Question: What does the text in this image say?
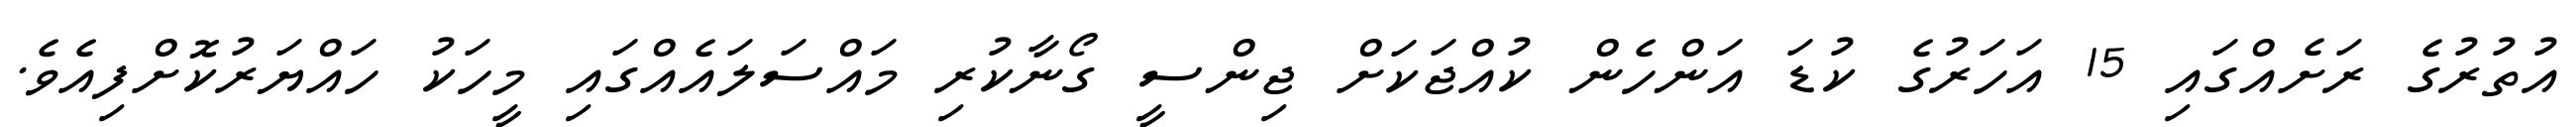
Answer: އުތުރުގެ ރަށެއްގައި 15 އަހަރުގެ ކުޑަ އަންހެން ކުއްޖަކަށް ޖިންސީ ގޯނާކުރި މައްސަލައެއްގައި މީހަކު ހައްޔަރުކޮށްފިއެވެ.